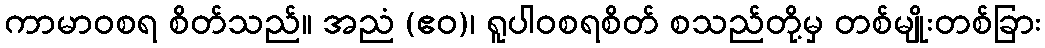
ကာမာဝစရ စိတ်သည်။ အညံ (ဧဝ)၊ ရူပါဝစရစိတ် စသည်တို့မှ တစ်မျိုးတစ်ခြား